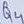
Text: Q4